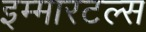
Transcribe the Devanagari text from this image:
इम्मारटल्स